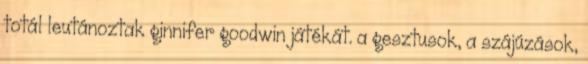
totál leutánoztak ginnifer goodwin játékát. a gesztusok, a szájúzások,